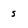
Character: s